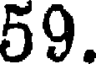
59.